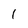
Character: l